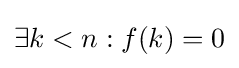
\exists k<n:f(k)=0